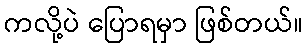
ကလို့ပဲ ပြောရမှာ ဖြစ်တယ်။